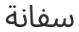
سفانة